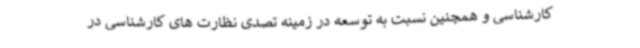
کارشناسی و همچنین نسبت به توسعه در زمینه تصدی نظارت های کارشناسی در